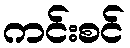
ကင်းစင်